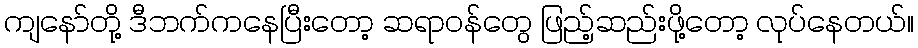
ကျနော်တို့ ဒီဘက်ကနေပြီးတော့ ဆရာဝန်တွေ ဖြည့်ဆည်းဖို့တော့ လုပ်နေတယ်။